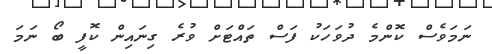
ނަމަވެސް ކޮންމެ ދުވަހަކު ފަސް ތައްޓަށް ވުރެ ގިނައިން ކޮފީ ބޯ ނަމަ